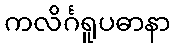
ကလိင်္ဂရူပဓာနာ